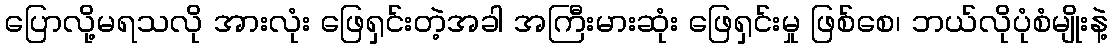
ပြောလို့မရသလို အားလုံး ဖြေရှင်းတဲ့အခါ အကြီးမားဆုံး ဖြေရှင်းမှု ဖြစ်စေ၊ ဘယ်လိုပုံစံမျိုးနဲ့